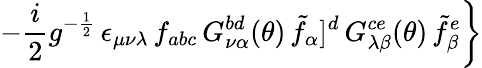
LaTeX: \left.-\frac{i}{2}g^{-\frac{1}{2}}\, \epsilon_{\mu\nu\lambda}\, f_{abc}\, G_{\nu\alpha}^{bd}(\theta)\, {\tilde{f}}_{\alpha}]^{d}\, G_{\lambda\beta}^{ce}(\theta)\, {\tilde{f}}_{\beta}^{e}\right\}